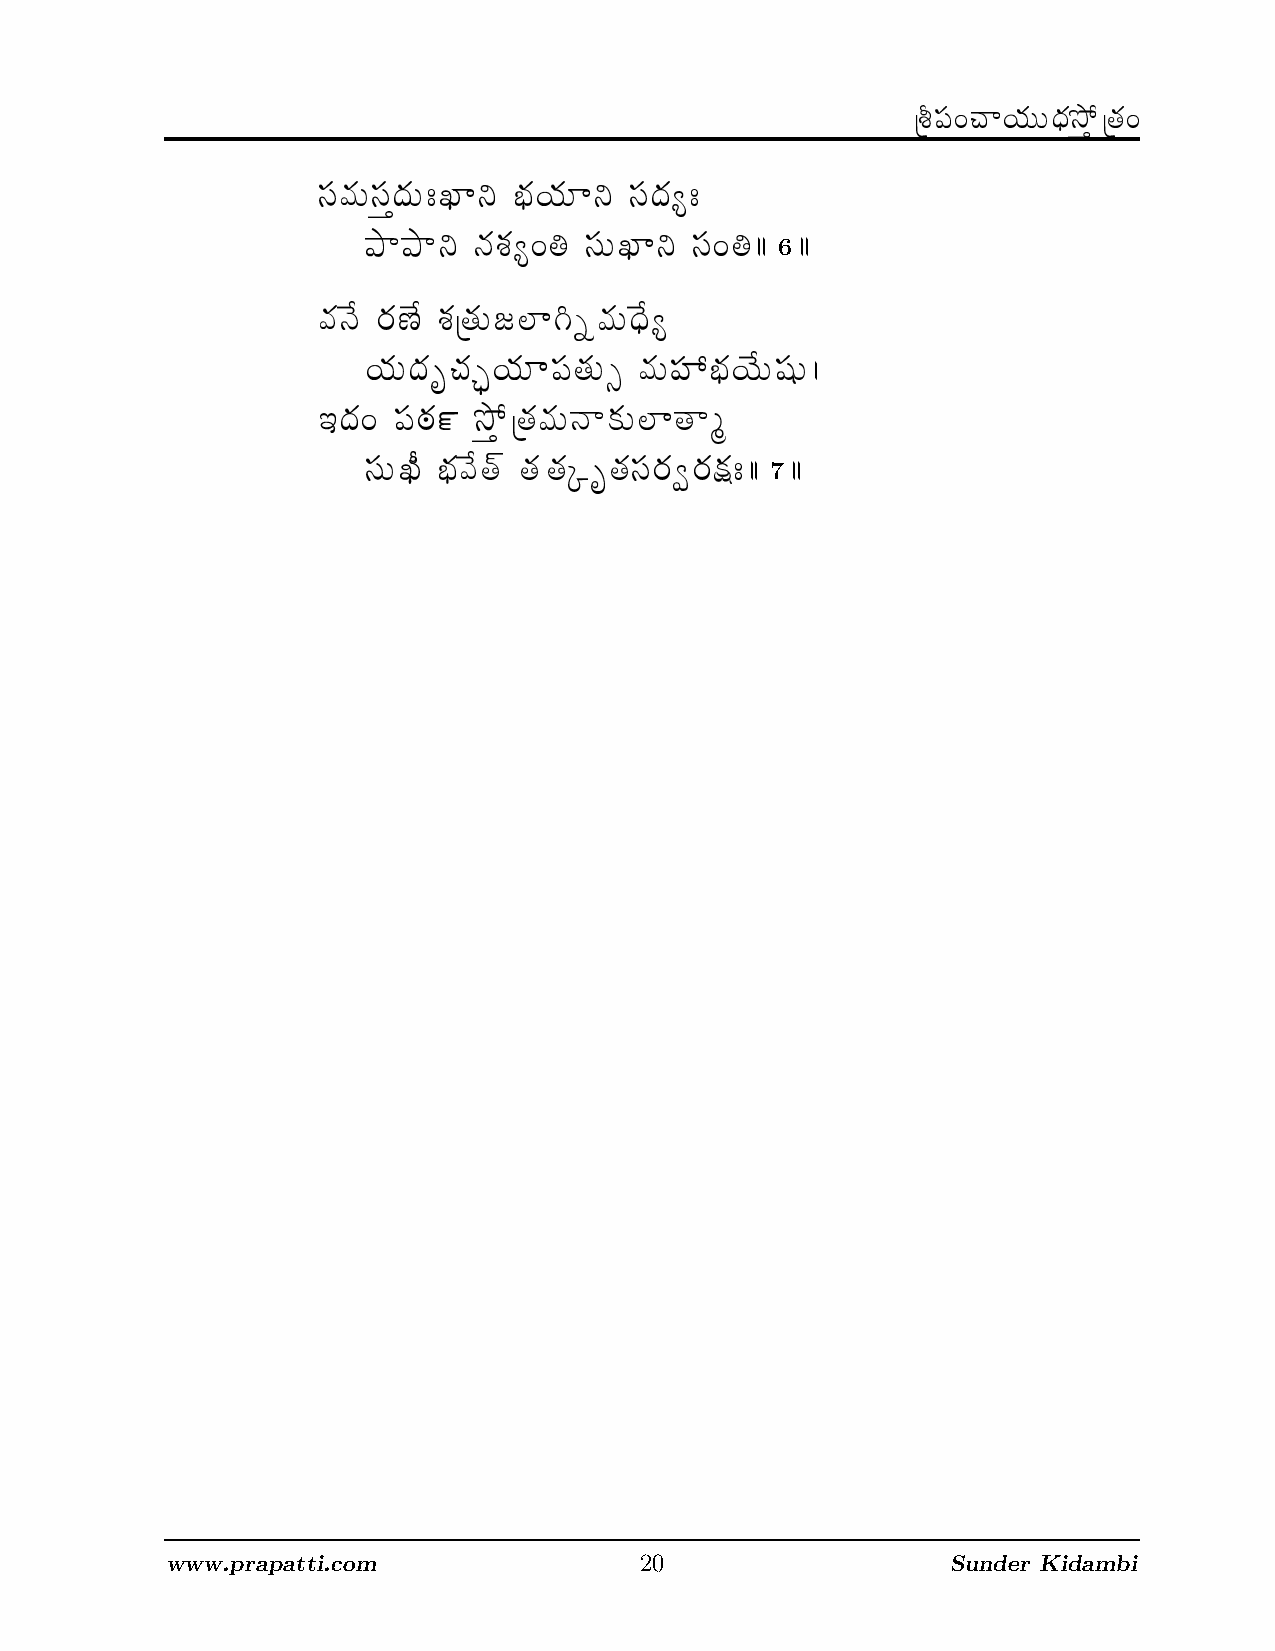
6
 7
 www.prapatti.com               20                   Sunder Kidambi
 zt
 p
 B
 p
 {d
 b
 {¨ zt
 f
 ¶ m
 l
 {=
 zt
 b
 } f
 {^
 {¨
 ze
 ¨ P
 {¨ > P
 } ð
 · q
 b {¬
 [ {/
 ¤ k
 T
 |
 {Û_
 {p
 ð
 d
 {¨
 {Ç
 u
 ¶_
 {q
 V
 l
 ½
 +
 k
 {Ú
 o
 {¨
 Û_
 _
 {l
 = î
 | Q
 | ze
 {p {¨
 {_
 {¨ |
 ¢Ô
 _
 d
 {Á
 ð
 zt
 p
 {¨
 }
 ¬
 ¨
 â
 N
 _
 P
 {¨
 zt
 |
 p
 {¨ o
 {zt
 b
 ð
 ¶Ú
 {¨
 |
 m
 {Ú
 ü
 _
 {ß
 >
 zt
 }
 m
 =
 k
 Ù
 {x
 î
 {l
 {>
 ÁÁ
 ¶¨
 ÁÁ
 zr
 ÁÁ
 ¨
 ÁÁ
 Á
 Ûû ze = T } l {¨ ¨ { u ½ Û_ {=